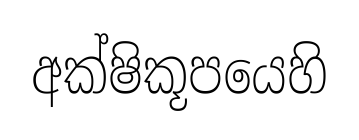
අක්ෂිකූපයෙහි